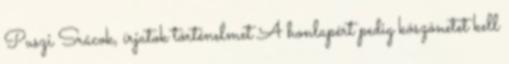
Puszi Srácok, írjatok történelmet A honlapért pedig köszönetet kell